Sketch of the medical history of the native army of Bombay, for the year
Year: 1872
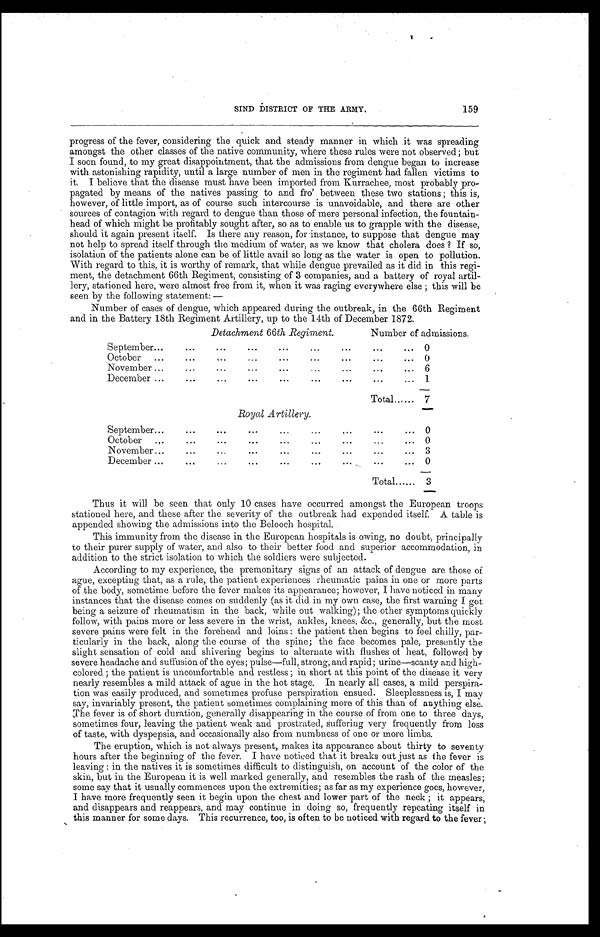
SIND DISTRICT OF THE ARMY.
progress of the fever, considering the quick and steady manner in which it was spreading
amongst the other classes of the native community, where these rules were not observed; but
I soon found, to my great disappointment, that the admissions from dengue began to increase
with astonishing rapidity, until a large number of men in the regiment had fallen victims to
it. I believe that the disease must have been imported from Kurrachee, most probably pro
- p a g a t e d b y m e a n s o f t h e n a t i v e s p a s s i n g t o a n d f r o ' b e t w e e n t h e s e t w o s t a t i o n s ; t h i s i s ,
however, of little import, as of course such intercourse is unavoidable, and there are other
sources of contagion with regard to dengue than those of mere personal infection, the fountain
- h e a d o f w h i c h m i g h t b e p r o f i t a b l y s o u g h t a f t e r , s o a s t o e n a b l e u s t o g r a p p l e w i t h t h e d i s e a s e ,
should it again present itself. Is there any reason, for instance, to suppose that dengue may
not help to spread itself through the medium of water, as we know that cholera does? If so,
isolation of the patients alone can be of little avail so long as the water is open to pollution.
With regard to this, it is worthy of remark, that while dengue prevailed as it did in this regi
-ment, the detachment 66th Regiment, consisting of 3 companies, and a battery of royal artil
-lery, stationed here, were almost free from it, when it was raging everywhere else; this will be
seen by the following statement:
—
Number of cases of dengue, which appeared during the outbreak, in the 66th Regiment
and in the Battery 18th Regiment Artillery, up to the 14th of December 1872.
Detachment 66th Regiment.
Number of admissions.
S e pt emb er . . .
0
O c t o b e r . . .
0
November . . .
6
December . . .
1
Total . . . 7
Royal Artillery.
September . . .
0
October . . .
0
November . . .
3
December . . .
0
Total . . . 3
Thus it will be seen that only 10 cases have occurred amongst the European troops
stationed here, and these after the severity of the outbreak had expended itself. A table is
appended showing the admissions into the Belooch hospital.
This immunity from the disease in the European hospitals is owing, no doubt, principally
to their purer supply of water, and also to their better food and superior accommodation, in
addition to the strict isolation to which the soldiers were subjected.
According to my experience, the premonitary signs of an attack of dengue are those of
ague, excepting that, as a rule, the patient experiences rheumatic pains in one or more parts
of the body, sometime before the fever makes its appearance; however, I have noticed in many
instances that the disease comes on suddenly (as it did in my own case, the first warning I got
being a seizure of rheumatism in the back, while out walking); the other symptoms quickly
follow, with pains more or less severe in the wrist, ankles, knees, &c., generally, but the most
severe pains were felt in the forehead and loins: the patient then begins to feel chilly, par
- t i c u l a r l y i n t h e b a c k , a l o n g t h e c o u r s e o f t h e s p i n e ; t h e f a c e b e c o m e s p a l e , p r e s e n t l y t h e
slight sensation of cold and shivering begins to alternate with flushes of heat, followed by
severe headache and suffusion of the eyes; pulse—full, strong, and rapid; urine—scanty and high
- c o l o r e d ; t h e p a t i e n t i s u n c o m f o r t a b l e a n d r e s t l e s s ; i n s h o r t a t t h i s p o i n t o f t h e d i s e a s e i t v e r y
nearly resembles a mild attack of ague in the hot stage. In nearly all cases, a mild perspira
- t i o n w a s e a s i l y p r o d u c e d , a n d s o m e t i m e s p r o f u s e p e r s p i r a t i o n e n s u e d . S l e e p l e s s n e s s i s , I m a y
say, invariably present, the patient sometimes complaining more of this than of anything else.
The fever is of short duration, generally disappearing in the course of from one to three days,
sometimes four, leaving the patient weak and prostrated, suffering very frequently from loss
of taste, with dyspepsia, and occasionally also from numbness of one or more limbs.
The eruption, which is not always present, makes its appearance about thirty to seventy
hours after the beginning of the fever. I have noticed that it breaks out just as the fever is
leaving: in the natives it is sometimes difficult to distinguish, on account of the color of the
skin, but in the European it is well marked generally, and resembles the rash of the measles;
some say that it usually commences upon the extremities; as far as my experience goes, however,
I have more frequently seen it begin upon the chest and lower part of the neck; it appears,
and disappears and reappears, and may continue in doing so, frequently repeating itself in
this manner for some days. This recurrence, too, is often to be noticed with regard to the fever
159